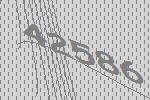
42586